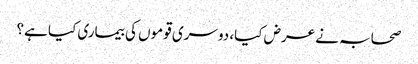
صحابہ نے عرض کیا، دوسری قوموں کی بیماری کیا ہے؟